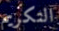
التكريم